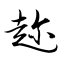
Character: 趁